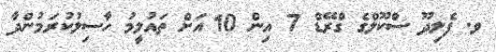
ވ. ފެލިދޫ ސްކޫލްގެ ގްރޭޑް 7 އިން 10 އަށް ތައުލީމު ހާސިލުކުރަމުންދާ